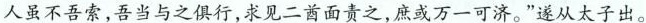
人虽不吾索，吾当与之俱行，求见二酋面责之，庶或万一可济。”遂从太子出。